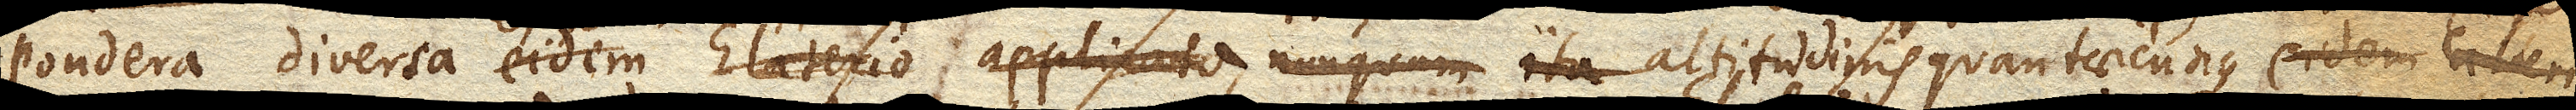
Pondera diversa eidem Elaterio applicata, nunquam ita altitudinis quantaecunque idem Elate–